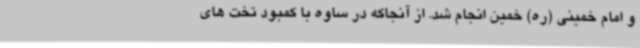
و امام خمینی (ره) خمین انجام شد. از آنجاکه در ساوه با کمبود تخت های